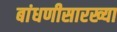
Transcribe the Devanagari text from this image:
बांधणीसारख्या